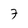
Character: 7